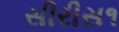
સીરીસ૧